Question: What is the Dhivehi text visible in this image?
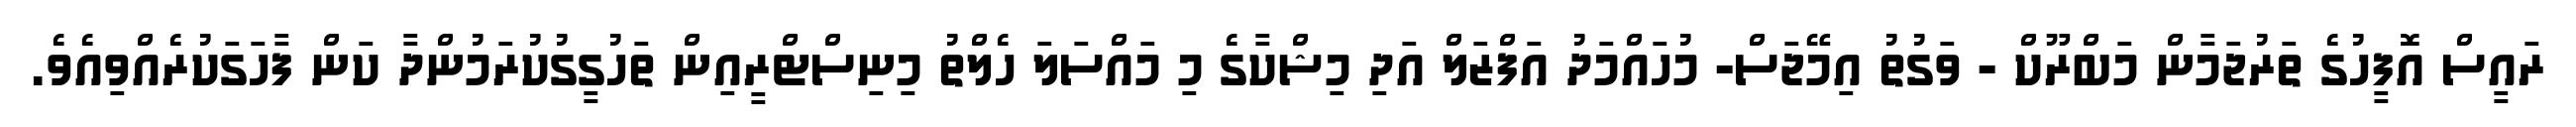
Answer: ރައީސް އޮފީހުގެ ތަރުޖަމާން މަބްރޫކް - ވަގުތު އިމޭޖަސް- މުހައްމަދު އަފްޒަލް އަދި މިޝްކާގެ މި މައްސަލަ ހެލްތު މިނިސްޓްރީއިން ތަހުގީގުކުރަމުންދާ ކަން ފާހަގަކުރެއްވިއެވެ.